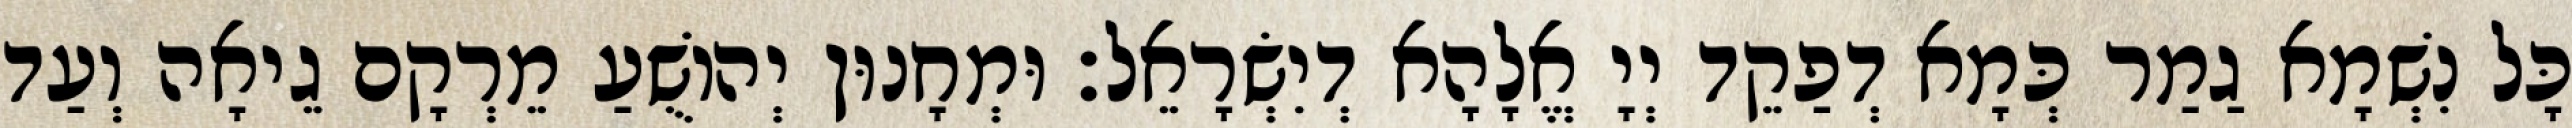
כָּל נִשְׁמָא גַמַר כְּמָא דְפַקֵד יְיָ אֱלָהָא דְיִשְׂרָאֵל׃ וּמְחָנוּן יְהוֹשֻׁעַ מֵרְקָם גֵיאָה וְעַד